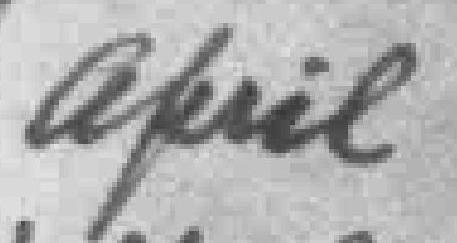
April